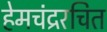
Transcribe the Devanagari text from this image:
हेमचंद्ररचित